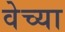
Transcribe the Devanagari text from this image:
वेच्या